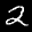
Label: 2